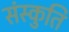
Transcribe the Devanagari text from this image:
संस्कुति